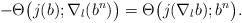
LaTeX: \begin{align*}-\Theta\big(j(b);\nabla_l(b^n)\big)=\Theta\big(j(\nabla_l b);b^n\big).\end{align*}